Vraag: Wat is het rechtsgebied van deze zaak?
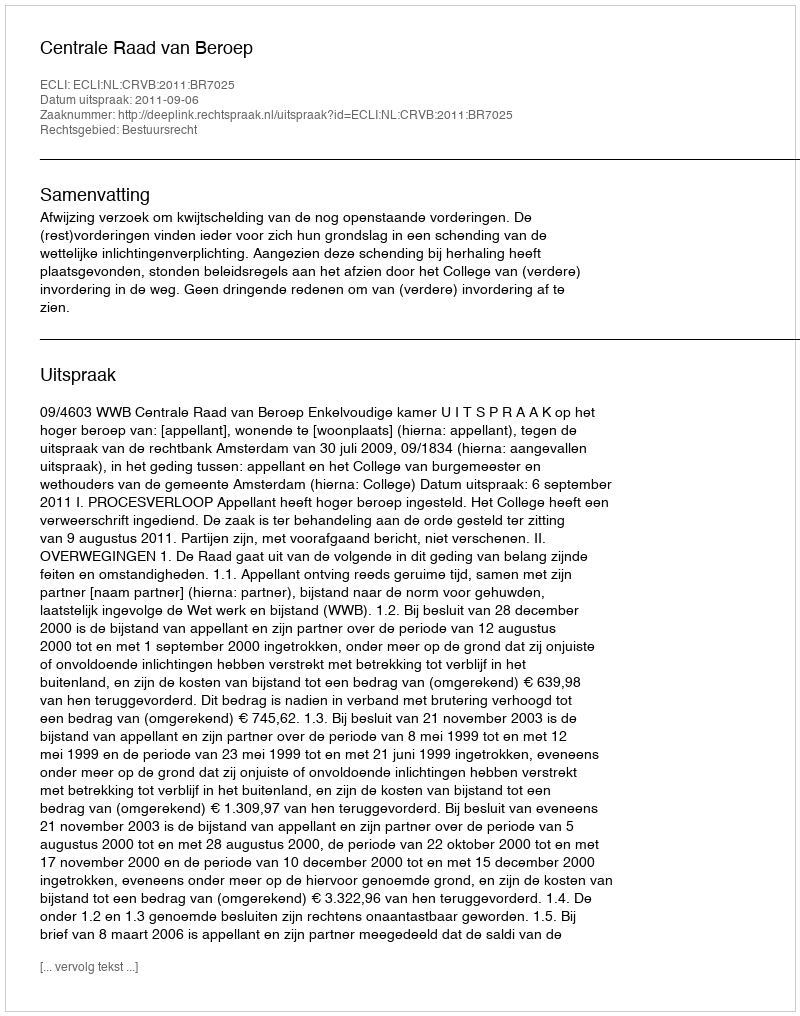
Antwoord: Bestuursrecht